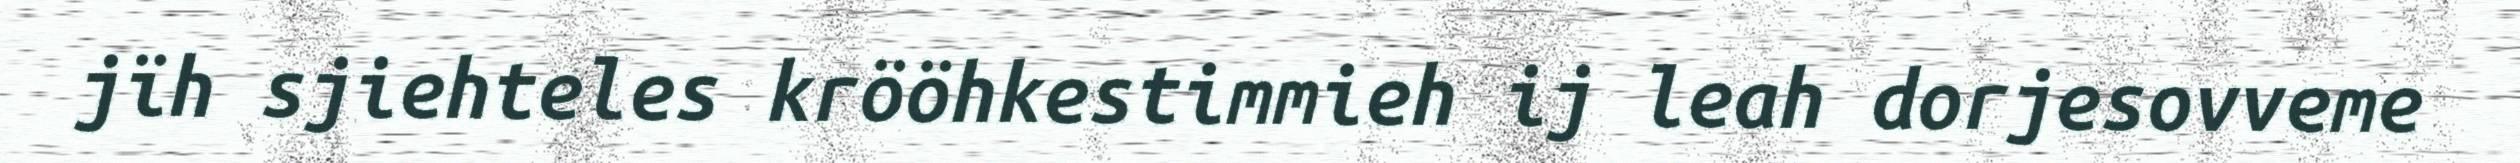
jïh sjiehteles krööhkestimmieh ij leah dorjesovveme